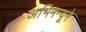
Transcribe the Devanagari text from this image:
अभिमन्यूने